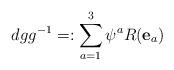
LaTeX: \begin{align*} dgg^{-1}=:\sum_{a=1}^{3}\psi^{a}R(\textbf{e}_{a}) \end{align*}